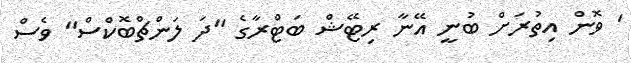
' ވޮން އިތުރަށް ބުނީ އޭނާ ރިޓޭޝް ބަޓްރާގެ ''ދަ ލަންޗްބޮކްސް'' ވެސް